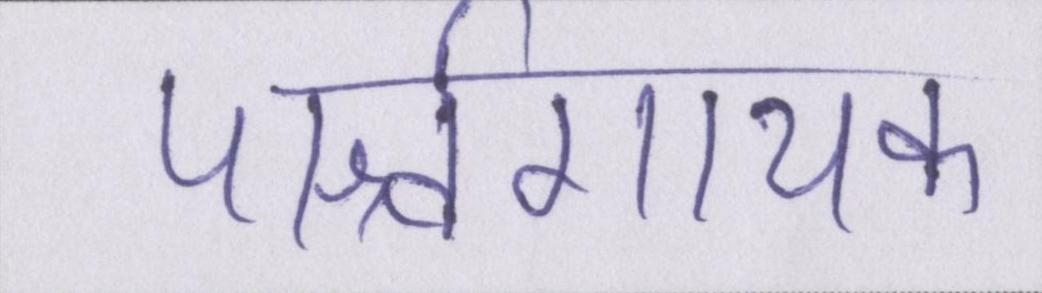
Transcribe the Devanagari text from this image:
पार्श्वगायक